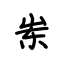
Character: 岽